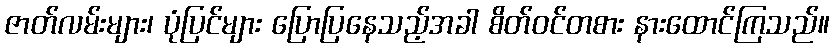
ဇာတ်လမ်းများ၊ ပုံပြင်များ ပြောပြနေသည့်အခါ စိတ်ဝင်တစား နားထောင်ကြသည်။